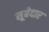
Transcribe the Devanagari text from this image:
सूबेदार